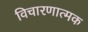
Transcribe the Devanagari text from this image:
विचारणात्मक